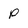
Character: P